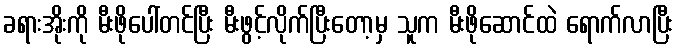
ခရားအိုးကို မီးဖိုပေါ်တင်ပြီး မီးဖွင့်လိုက်ပြီးတော့မှ သူက မီးဖိုဆောင်ထဲ ရောက်လာပြီး